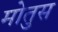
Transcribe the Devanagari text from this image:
मोतुस